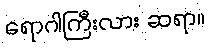
ရောဂါကြီးလား ဆရာ။